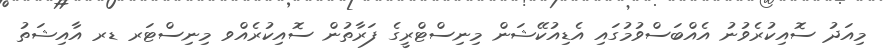
މިއަދު ސޮއިކުރެވުނު އެއްބަސްވުމުގައި އެޑިއުކޭޝަން މިނިސްޓްރީގެ ފަރާތުން ސޮއިކުރެއްވ މިނިސްޓަރ ޑރ އާއިޝަތު